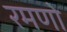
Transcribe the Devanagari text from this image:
रमणो